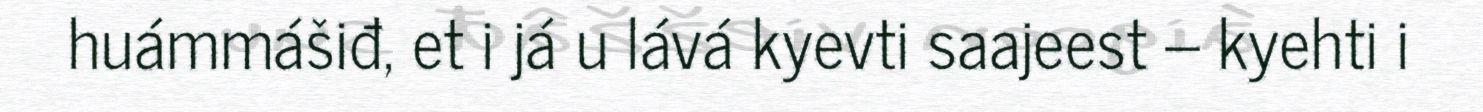
huámmášiđ, et i já u lává kyevti saajeest – kyehti i